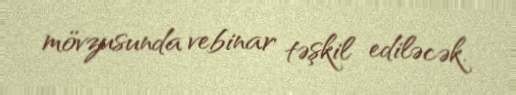
mövzusunda vebinar təşkil ediləcək.